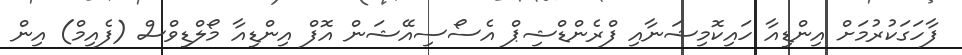
ފާހަގަކުރުމަށް އިންޑިއާ ހައިކޮމިޝަނާއި ފްރެންޑްޝިޕް އެސޯސިއޭޝަން އޮފް އިންޑިއާ މޯލްޑިވްސް (ފެއިމް) އިން